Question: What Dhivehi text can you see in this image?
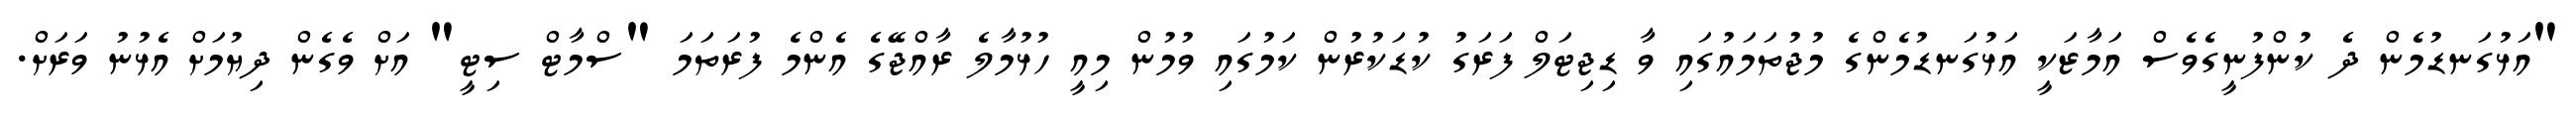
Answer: "އަޅުގަނޑުމެން ދެ ކުންފުނީގެވެސް އަމާޒަކީ އަޅުގަނޑުމެންގެ މުޖުތަމައުގައި ވާ ޑިޖިޓަލް ފަރަގު ކުޑަކުރުން ކަމުގައި ވުމުން މިއީ ހުޅުމާލެ ރާއްޖޭގެ އެންމެ ފުރަތަމަ "ސްމާޓް ސިޓީ" އަށް ވެގެން ދިޔުމަށް އެޅުނު ވަރަށް.